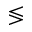
\lessgtr